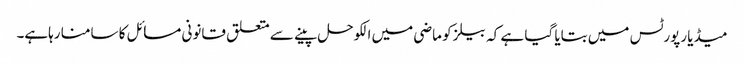
میڈیا رپورٹس میں بتایا گیا ہے کہ بیلز کو ماضی میں الکوحل پینے سے متعلق قانونی مسائل کا سامنا رہاہے۔